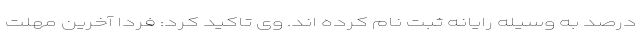
درصد به وسیله رایانه ثبت نام کرده اند. وی تاکید کرد: فردا آخرین مهلت